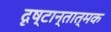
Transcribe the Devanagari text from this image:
दृष्टान्तात्मक